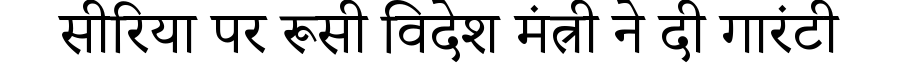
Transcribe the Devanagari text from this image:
सीरिया पर रूसी विदेश मंत्री ने दी गारंटी